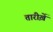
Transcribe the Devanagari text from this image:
तारीख़ें